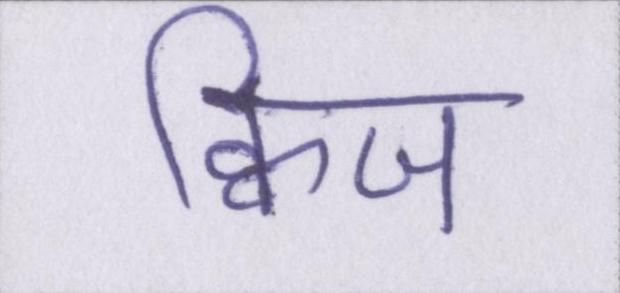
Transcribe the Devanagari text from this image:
क्विज